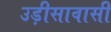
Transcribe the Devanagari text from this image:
उड़ीसावासी